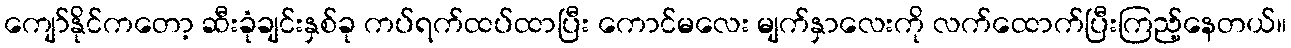
ကျော်နိုင်ကတော့ ဆီးခုံချင်းနှစ်ခု ကပ်ရက်ထပ်ထာပြီး ကောင်မလေး မျက်နှာလေးကို လက်ထောက်ပြီးကြည့်နေတယ်။